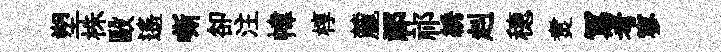
塑株毆遥嘶卻注幃椁麓祁祁綉赳穂煑冩考寥